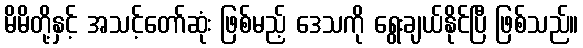
မိမိတို့နှင့် အသင့်တော်ဆုံး ဖြစ်မည့် ဒေသကို ရွေးချယ်နိုင်ပြီ ဖြစ်သည်။